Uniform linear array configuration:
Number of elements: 4
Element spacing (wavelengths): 0.75
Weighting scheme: hann
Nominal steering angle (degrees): -15
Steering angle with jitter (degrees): -14.81
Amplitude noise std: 0.05
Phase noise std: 0.05

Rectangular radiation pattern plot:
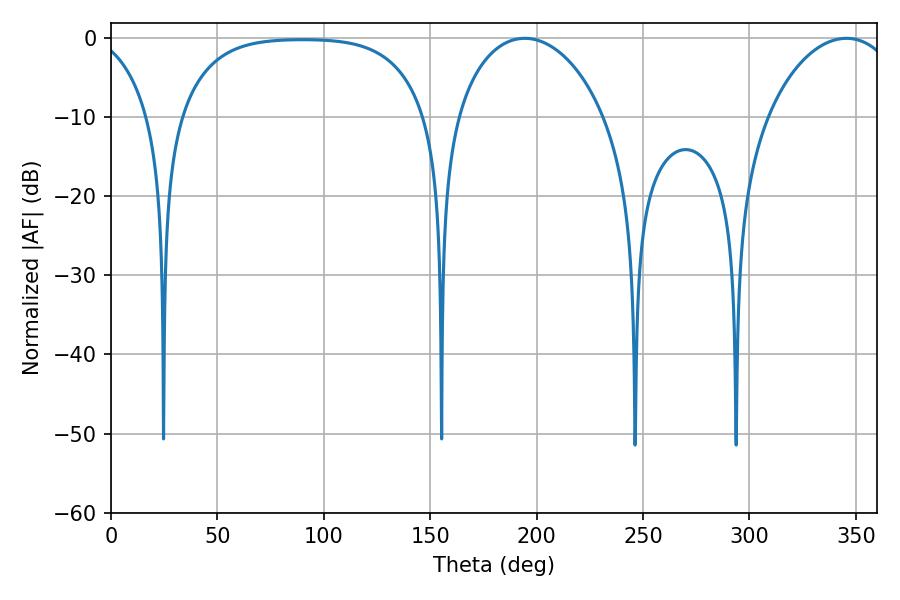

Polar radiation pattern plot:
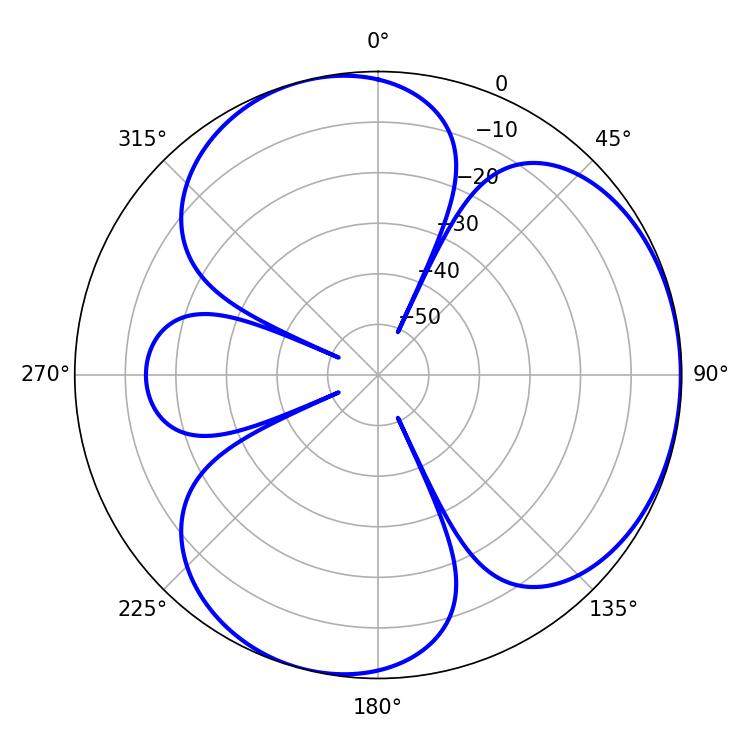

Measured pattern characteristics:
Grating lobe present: TRUE
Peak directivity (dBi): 3.895
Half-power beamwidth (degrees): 40.14
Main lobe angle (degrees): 194.4